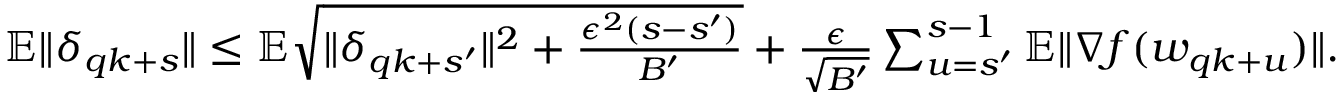
\begin{array} { r } { \mathbb { E } \| \delta _ { q k + s } \| \le \mathbb { E } \sqrt { \| \delta _ { q k + s ^ { \prime } } \| ^ { 2 } + \frac { \epsilon ^ { 2 } ( s - s ^ { \prime } ) } { B ^ { \prime } } } + \frac { \epsilon } { \sqrt { B ^ { \prime } } } \sum _ { u = s ^ { \prime } } ^ { s - 1 } \mathbb { E } \| \nabla f ( w _ { q k + u } ) \| . } \end{array}